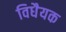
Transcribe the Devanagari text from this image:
विधैयक